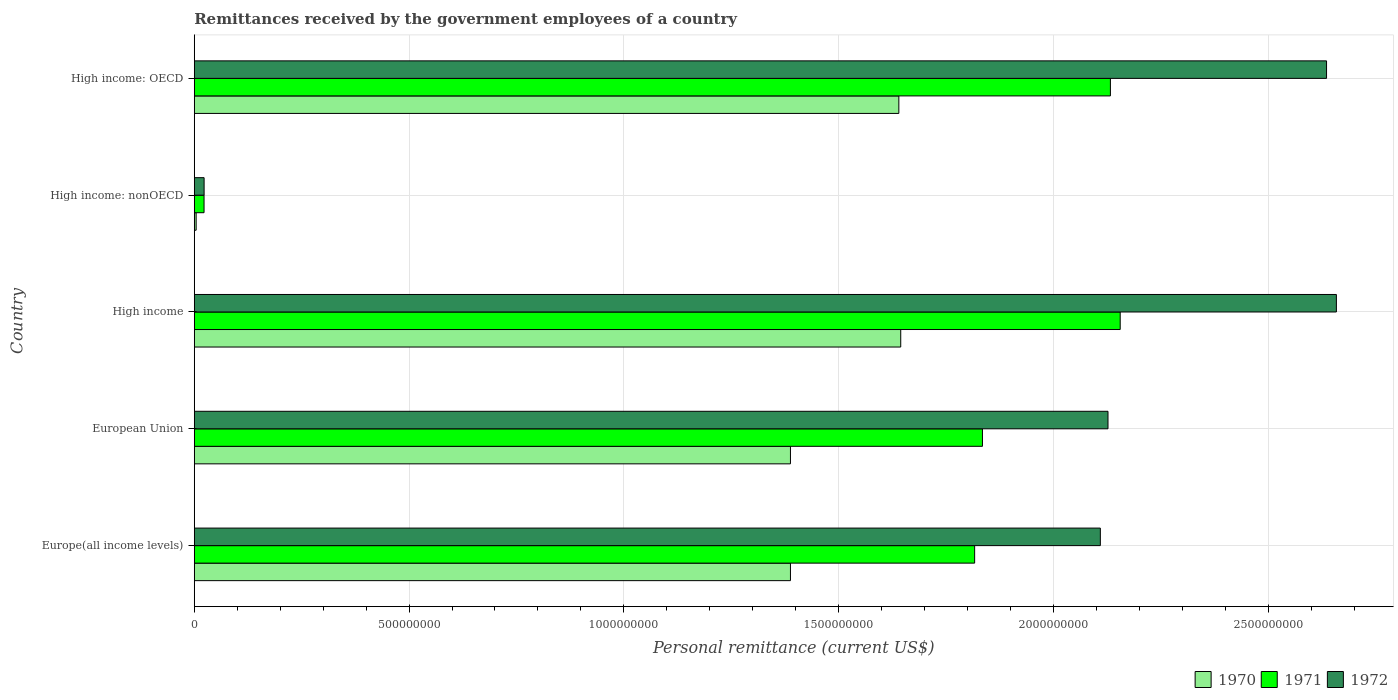
| Country | 1970 | 1971 | 1972 |
 | --- | --- | --- | --- |
 | Europe(all income levels) | 1.39e+09 | 1.82e+09 | 2.11e+09 |
 | European Union | 1.39e+09 | 1.83e+09 | 2.13e+09 |
 | High income | 1.64e+09 | 2.16e+09 | 2.66e+09 |
 | High income: nonOECD | 4.4e+06 | 2.28e+07 | 2.29e+07 |
 | High income: OECD | 1.64e+09 | 2.13e+09 | 2.64e+09 |